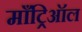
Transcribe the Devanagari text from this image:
माँट्रिऑल